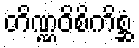
တိဏ္ဏဝိစိကိစ္ဆံ